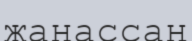
жанассаң